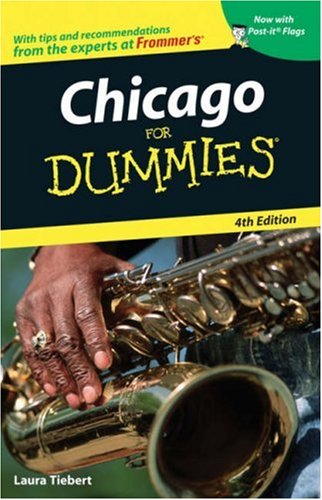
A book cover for Chicago For Dummies; Laura Tiebert; Travel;